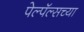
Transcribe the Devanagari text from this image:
पेल्पॅल्सच्या